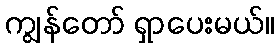
ကျွန်တော် ရှာပေးမယ်။